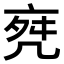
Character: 𠅞